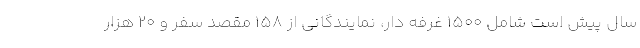
سال پیش است شامل ۱۵۰۰ غرفه دار، نمایندگانی از ۱۵۸ مقصد سفر و ۲۰ هزار